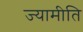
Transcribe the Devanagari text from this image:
ज्यामीति